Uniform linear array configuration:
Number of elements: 24
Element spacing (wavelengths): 0.25
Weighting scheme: kaiser
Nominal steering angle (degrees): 15
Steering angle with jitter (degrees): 16.752
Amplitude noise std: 0.05
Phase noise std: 0.05

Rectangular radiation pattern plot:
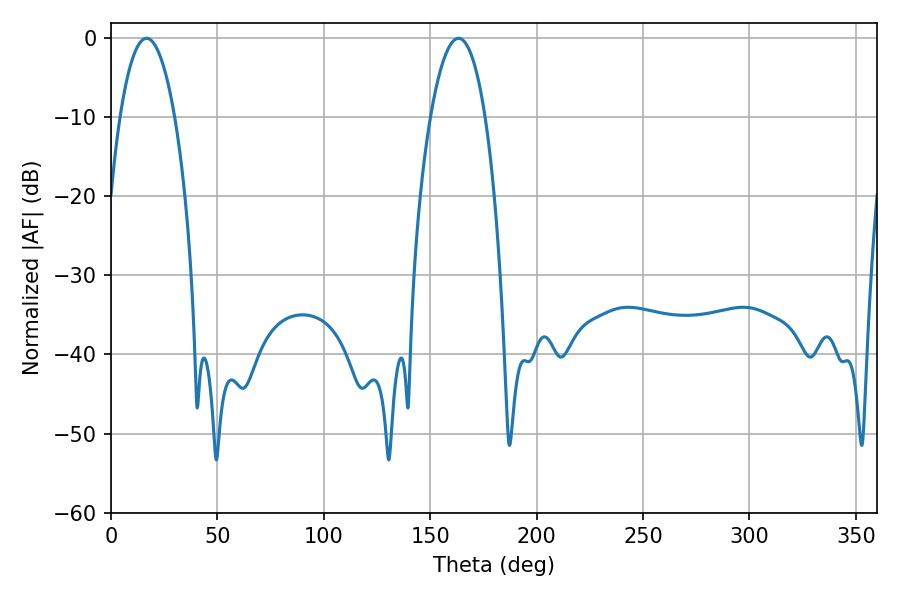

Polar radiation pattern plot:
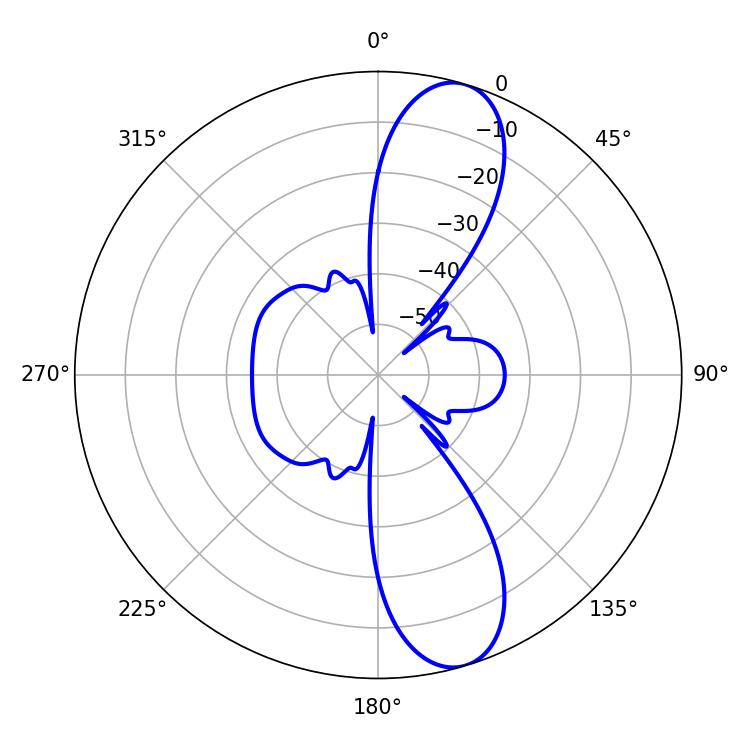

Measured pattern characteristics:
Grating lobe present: FALSE
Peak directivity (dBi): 11.154
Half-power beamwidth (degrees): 14.22
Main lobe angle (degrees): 16.74